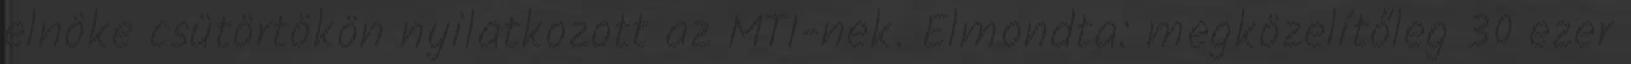
elnöke csütörtökön nyilatkozott az MTI-nek. Elmondta: megközelítőleg 30 ezer